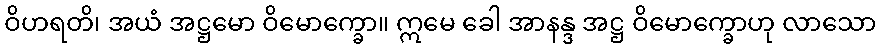
ဝိဟရတိ၊ အယံ အဋ္ဌမော ဝိမောက္ခော။ ဣမေ ခေါ အာနန္ဒ အဋ္ဌ ဝိမောက္ခောဟု လာသော